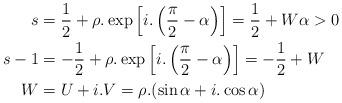
LaTeX: \begin{align*}s&=\frac{1}{2}+\rho .\exp \left[i.\left(\frac{\pi }{2}-\alpha \right)\right]=\frac{1}{2}+W \alpha >0 \\s-1&=-\frac{1}{2}+\rho .\exp \left[i.\left(\frac{\pi }{2}-\alpha \right)\right]=-\frac{1}{2}+W\\W&=U+i.V=\rho .(\sin \alpha +i.\cos \alpha ) \end{align*}